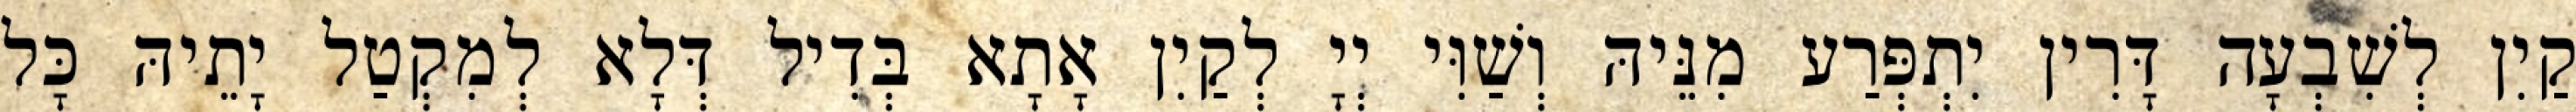
קַיִן לְשִׁבְעָה דָּרִין יִתְפְּרַע מִנֵּיהּ וְשַׁוִּי יְיָ לְקַיִן אָתָא בְּדִיל דְּלָא לְמִקְטַל יָתֵיהּ כָּל